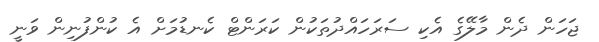
ޖަހަން ދެން މާލޭގެ އެކި ސަރަހައްދުތަކުން ކަރަންޓް ކެނޑުމަށް އެ ކުންފުނިން ވަނީ